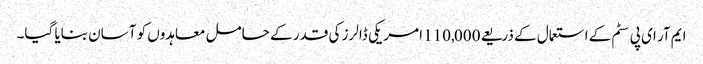
ایم آر ای پی سٹم کے استعمال کے ذریعے 110,000 امریکی ڈالرز کی قدر کے حامل معاہدوں کو آسان بنایا گیا۔